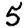
Digit: 5